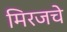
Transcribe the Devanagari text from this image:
मिरजचे